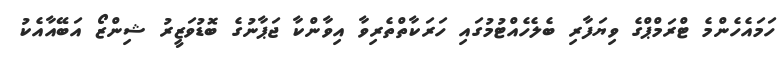
ހަމައެހެންމެ ޓްރަމްޕްގެ ވިޔަފާރި ބެލެހެއްޓުމުގައި ހަރަކާތްތެރިވާ އިވާންކާ ޖަޕާނުގެ ބޮޑުވަޒީރު ޝިންޒޯ އަބޭއާއެކު